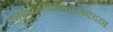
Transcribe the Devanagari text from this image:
विनिवेदितनिजवदन